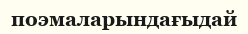
поэмаларындағыдай